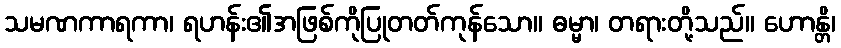
သမဏကာရကာ၊ ရဟန်း၏အဖြစ်ကိုပြုတတ်ကုန်သော။ ဓမ္မာ၊ တရားတို့သည်။ ဟောန္တိ၊